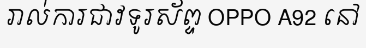
រាល់ការជាវទូរស័ព្ទ OPPO A92 នៅ